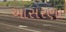
આસરણા